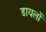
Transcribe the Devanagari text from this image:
डायलों